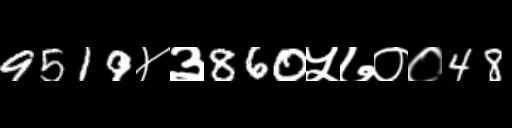
Text: 9519४३860५७००48